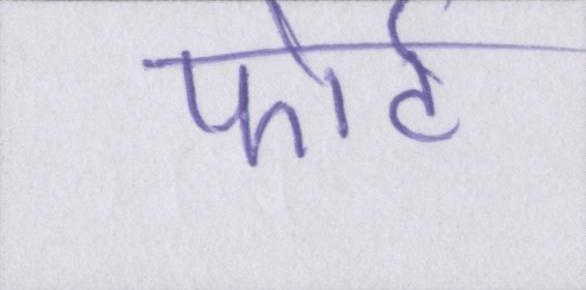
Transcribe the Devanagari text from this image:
फोर्ट